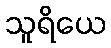
သူရိယေ